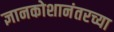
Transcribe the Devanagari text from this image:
ज्ञानकोशानंतरच्या